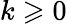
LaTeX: k\geqslant 0